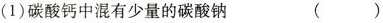
(1)碳酸钙中混有少量的碳酸钠 ( )